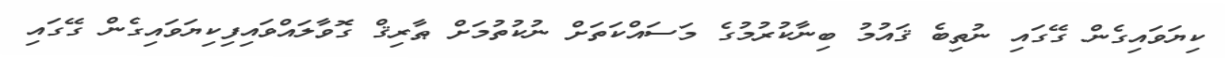
ކިޔަވައިގެން ގޭގައި ނުތިބެ ޤައުމު ބިނާކުރުމުގެ މަސައްކަތަށް ނުކުތުމަށް ޠާރިޤް ގޮވާލައްވައިފިކިޔަވައިގެން ގޭގައި